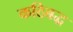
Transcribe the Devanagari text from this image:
कठिबद्ध